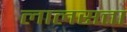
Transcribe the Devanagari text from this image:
लालसत्ता